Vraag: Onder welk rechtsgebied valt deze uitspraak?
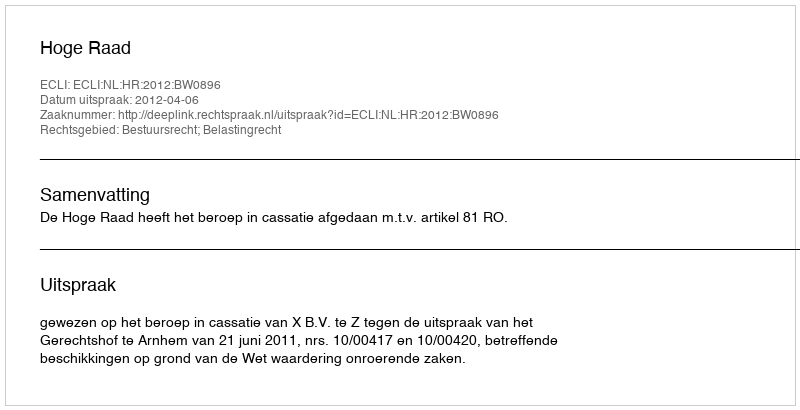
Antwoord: Bestuursrecht; Belastingrecht